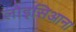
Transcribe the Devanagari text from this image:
लोइसिआना